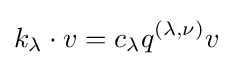
k_{\lambda }\cdot v=c_{\lambda }q^{(\lambda ,\nu )}v